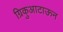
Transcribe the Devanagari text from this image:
ग्रिकुआटाऊन